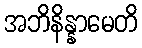
အဘိနိန္နာမေတိ